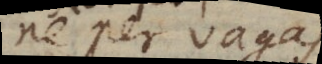
ne per vagas